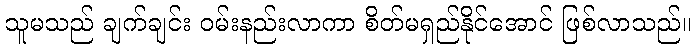
သူမသည် ချက်ချင်း ဝမ်းနည်းလာကာ စိတ်မရှည်နိုင်အောင် ဖြစ်လာသည်။